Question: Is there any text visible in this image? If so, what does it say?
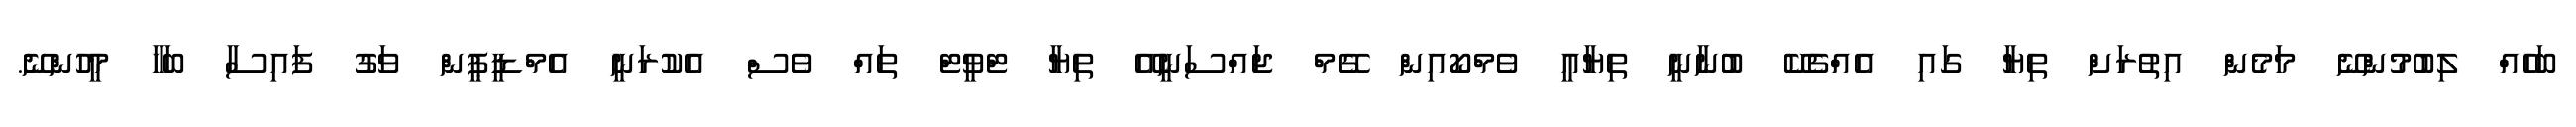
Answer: ބަހެއް ލިބުމުންނޭ މަމެން އިތުރަށް ތިޔާ ގައި އެއްޗެކޭ ބުނާނީ ތިޔާއީ ވެމްކޯއިން ގޭމް ޖައްސަނީއޭ ތިޔާ ޓްވީޓް ތައް ވެސް އެކުރަނީ އެމްޑީޕީން ވަގު ފައިސާ ބަހާ މީހުންނޭ.